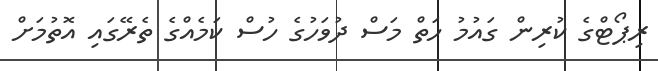
ރިޕޯޓްގެ ކުރިން ގައުމު ހަތް މަސް ދުވަހުގެ ހުސް ކަމެއްގެ ތެރޭގައި އޮތުމަށް